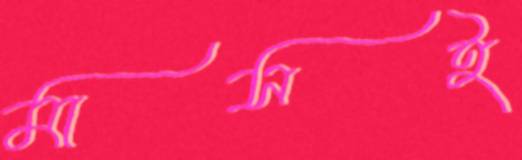
মাসই